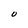
Character: O